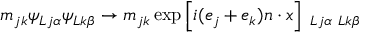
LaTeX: m _ { j k } \psi _ { L j \alpha } \psi _ { L k \beta } \rightarrow m _ { j k } \exp \left[ i ( e _ { j } + e _ { k } ) n \cdot x \right] { \bf \Psi } _ { L j \alpha } { \bf \Psi } _ { L k \beta }